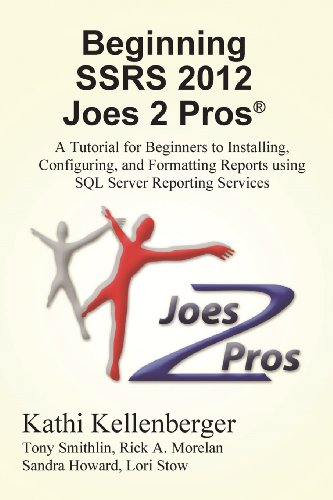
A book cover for Beginning SSRS Joes 2 Pros; Kathi Kellenberger; Computers & Technology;